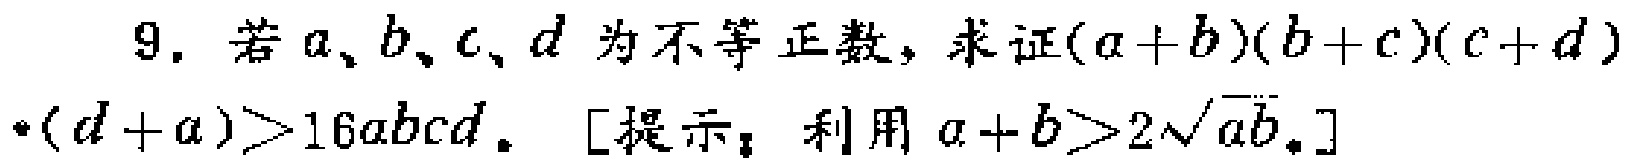
9. 若\(a、b、c、d\)为不等正数，求证\((a + b)(b + c)(c + d)(d + a)>16abcd\)。[提示：利用\(a + b>2\sqrt{ab}\)。]